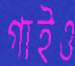
গাইও